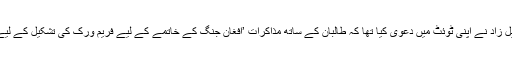
اس سے قبل گزشتہ ہفتے امریکی نمائندہ خصوصی زلمے خلیل زاد نے اپنی ٹوئٹ میں دعویٰ کیا تھا کہ طالبان کے ساتھ مذاکرات ’افغان جنگ کے خاتمے کے لیے فریم ورک کی تشکیل کے لیے سست روی لیکن درست طریقے سے ا?گے بڑھ رہے ہیں‘۔